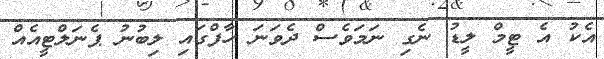
އެކު އެ ޓީމް ލީޑު ނެގި ނަމަވެސް ދެވަނަ ހާފްގައި ލިބުނު ޕެނަލްޓީއެއް